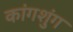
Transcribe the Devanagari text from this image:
कांगशुंग